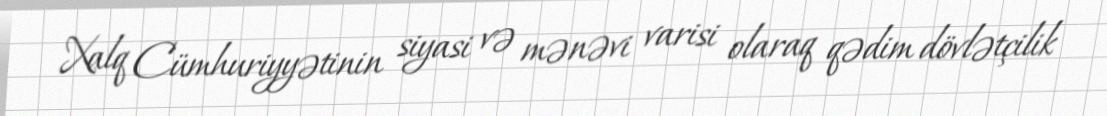
Xalq Cümhuriyyətinin siyasi və mənəvi varisi olaraq qədim dövlətçilik